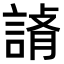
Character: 𧨪